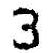
3